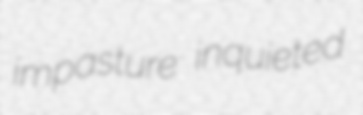
impasture inquieted